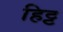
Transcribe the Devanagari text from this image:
हिट्ट